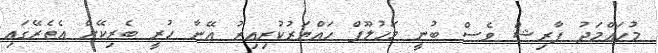
މުހައްމަދު ފާރިޝް ވެސް ބުނީ މަހުލޫފް ހައްޔަރުކުރިއިރު އޭނާ ހުރީ ބެރިކޭށް އެތެރޭގައި